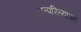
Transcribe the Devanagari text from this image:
तत्परित्याज्यं